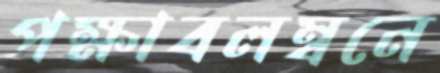
পক্ষাবলম্বনে